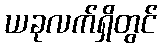
ယခုလက်ရှိတွင်